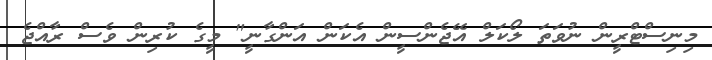
މިނިސްޓްރީން ނުވަތަ ލޯކަލް އޭޖެންސީން އެކަން އަންގާނީ" މީގެ ކުރިން ވެސް ރާއްޖެ